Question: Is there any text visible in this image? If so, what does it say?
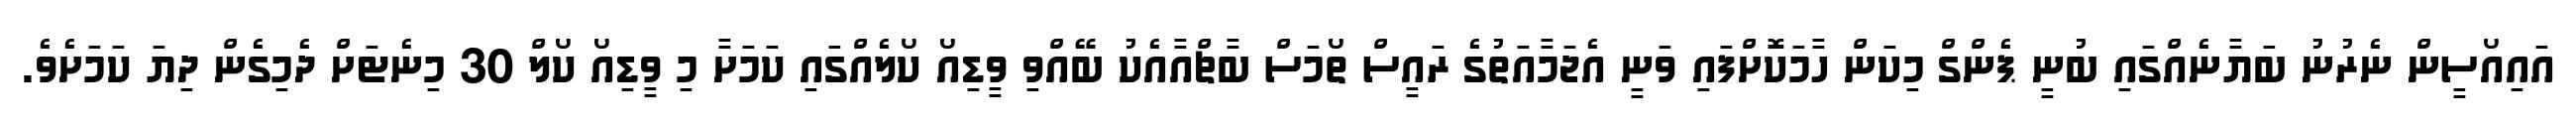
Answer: އައިއޯސީން ނެރުނު ބަޔާނެއްގައި ބުނީ ޕެންގް މިކަން ހާމަކޮށްފައި ވަނީ އެޖަމާއަތުގެ ރައީސް ތޯމަސް ބާޗްއާއެކު ބޭއްވި ވީޑިއޯ ކޯލެއްގައި ކަމަށާ މި ވީޑިއޯ ކޯލް 30 މިނެޓަށް ދެމިގެން ދިޔަ ކަމަށެވެ.